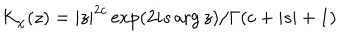
K _ { \chi } ( z ) = | z | ^ { 2 c } \exp ( 2 i s \arg z ) / \Gamma ( c + | s | + 1 )